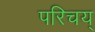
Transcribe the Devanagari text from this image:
परिचय्